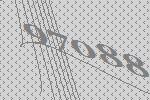
97088